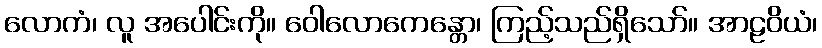
လောကံ၊ လူ အပေါင်းကို။ ဝေါလောကေန္တော၊ ကြည့်သည်ရှိသော်။ အာဠဝိယံ၊